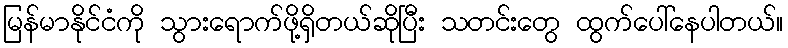
မြန်မာနိုင်ငံကို သွားရောက်ဖို့ရှိတယ်ဆိုပြီး သတင်းတွေ ထွက်ပေါ်နေပါတယ်။